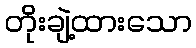
တိုးချဲ့ထားသော